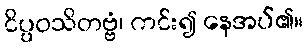
ငိပ္ပဝသိတဗ္ဗံ၊ ကင်း၍ နေအပ်၏။